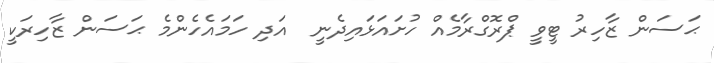
ޙަސަން ޒާހިރު ޓީވީ ޕްރޮގްރާމެއް ހުށައަޅައިދެނީ  އަދި ހަމައެހެންމެ ޙަސަން ޒާހިރަކީ